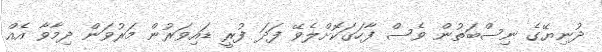
ދުނިޔޭގެ ނިސްބަތުން ވެސް ފާހަގަކޮށްލެވޭ ފަދަ ފުރީ ޑައިވަރުން މަރުވަން ދިމާވާ އެއް